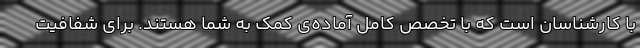
با کارشناسان است که با تخصص کامل آماده‌ی کمک به شما هستند. برای شفافیت